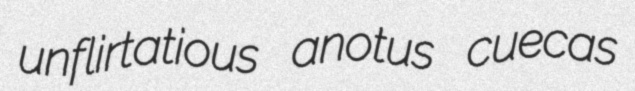
unflirtatious anotus cuecas